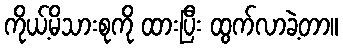
ကိုယ့်မိသားစုကို ထားပြီး ထွက်လာခဲ့တာ။